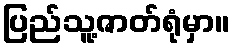
ပြည်သူ့ဇာတ်ရုံမှာ။